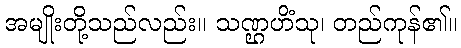
အမျိုးတို့သည်လည်း။ သဏ္ဌဟိံသု၊ တည်ကုန်၏။